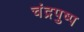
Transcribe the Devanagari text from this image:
चंद्रपुष्प